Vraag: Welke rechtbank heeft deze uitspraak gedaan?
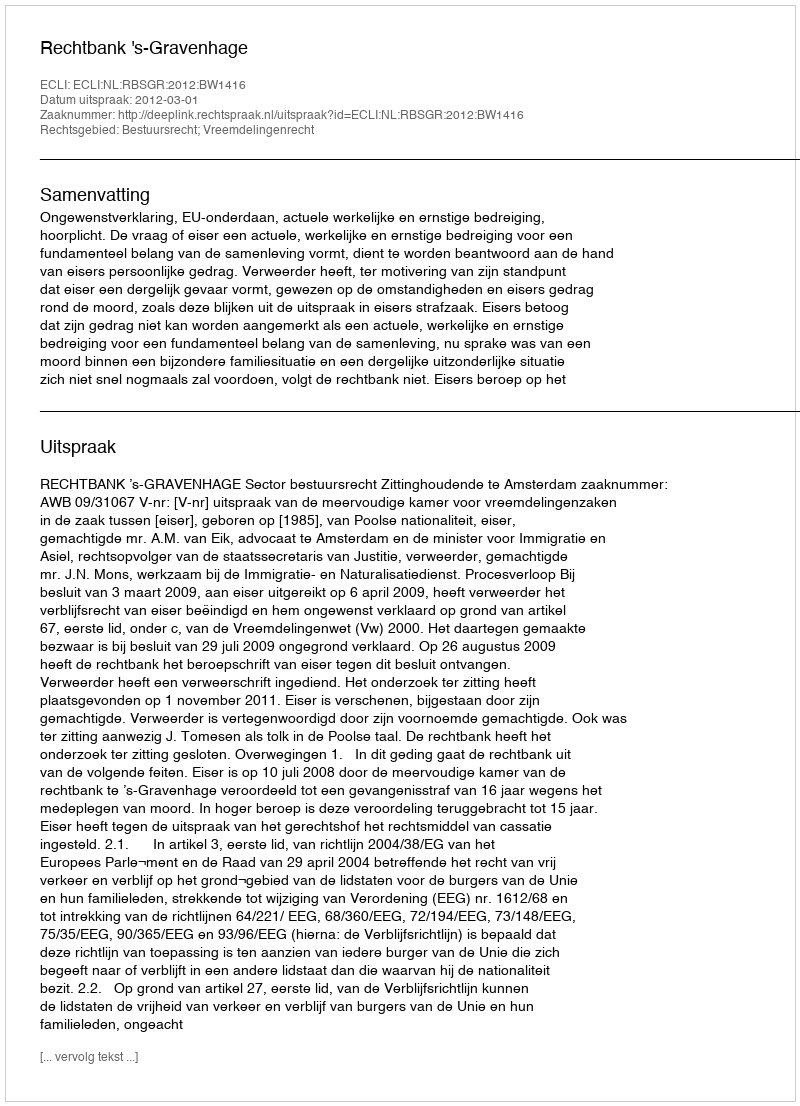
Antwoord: Rechtbank 's-Gravenhage